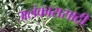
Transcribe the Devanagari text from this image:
अलंकारासाठी